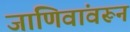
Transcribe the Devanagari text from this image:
जाणिवांवरून